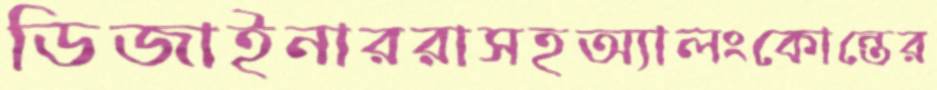
ডিজাইনাররাসহঅ্যালংকোন্তের